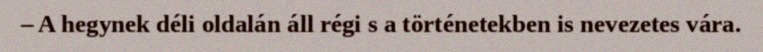
– A hegynek déli oldalán áll régi s a történetekben is nevezetes vára.